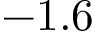
- 1 . 6